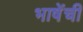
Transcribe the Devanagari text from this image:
भाषेंची